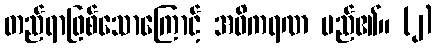
တည်ရာဖြစ်သောကြောင့် အဓိကရဏ မည်၏။ (၂)